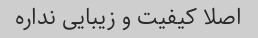
اصلا کیفیت و زیبایی نداره